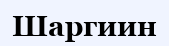
Шаргиин